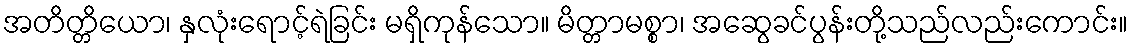
အတိတ္တိယော၊ နှလုံးရောင့်ရဲခြင်း မရှိကုန်သော။ မိတ္တာမစ္စာ၊ အဆွေခင်ပွန်းတို့သည်လည်းကောင်း။